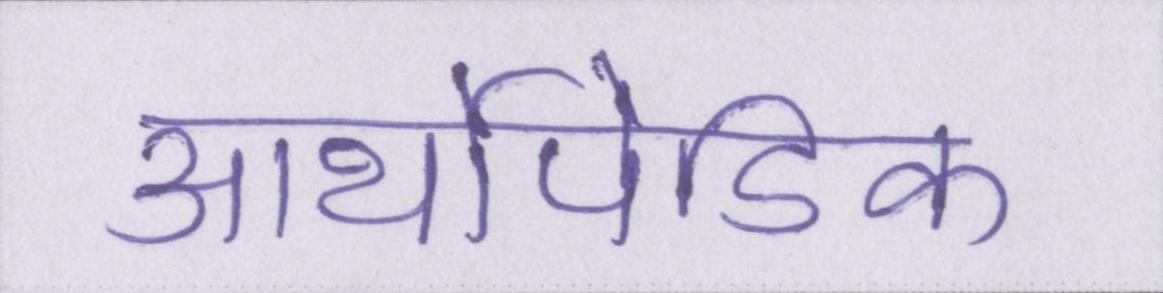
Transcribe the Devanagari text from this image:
आर्थोपेडिक